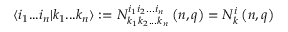
\langle i _ { 1 } . . . i _ { n } | k _ { 1 } . . . k _ { n } \rangle : = N _ { k _ { 1 } k _ { 2 } . . . k _ { n } } ^ { i _ { 1 } i _ { 2 } . . . i _ { n } } \left( n , q \right) = N _ { k } ^ { i } \left( n , q \right)